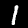
Label: 1